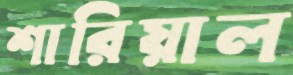
শারিয়াল